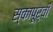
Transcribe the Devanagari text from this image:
स्कापूर्वी